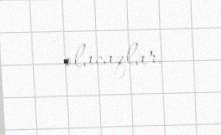
olacaqlar.